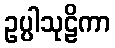
ဥပ္ပါသုဠိကာ